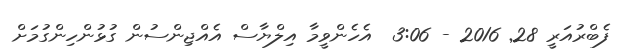
ފެބްރުއަރީ 28